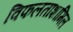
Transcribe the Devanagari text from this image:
विफलताशामिल